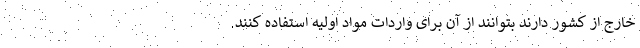
خارج از کشور دارند بتوانند از آن برای واردات مواد اولیه استفاده کنند.